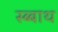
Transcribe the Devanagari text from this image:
स्ब्बाथ